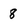
Character: 8